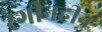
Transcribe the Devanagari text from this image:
रंगीनहीन